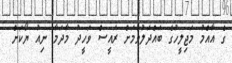
ގެ އާއްމު މަޖިލީހުގެ ބައްދަލުވުމަށް ރައީސް ވަހީދު މާދަމާ ނިއު ޔޯކަށް